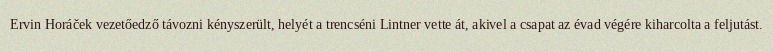
Ervin Horáček vezetőedző távozni kényszerült, helyét a trencséni Lintner vette át, akivel a csapat az évad végére kiharcolta a feljutást.